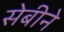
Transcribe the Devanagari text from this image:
सेबीने